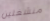
منشغلين